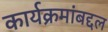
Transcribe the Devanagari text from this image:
कार्यक्रमांबद्दल